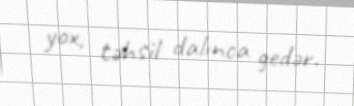
yox, təhsil dalınca gedər.